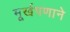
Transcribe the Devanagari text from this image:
मूर्खपणाने